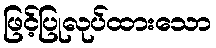
ဖြင့်ပြုလုပ်ထားသော